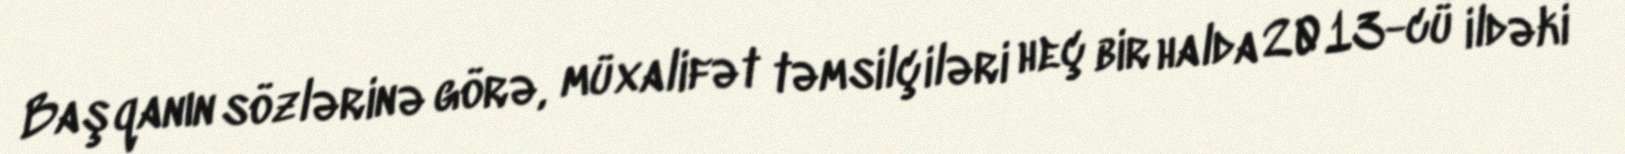
Başqanın sözlərinə görə, müxalifət təmsilçiləri heç bir halda 2013-cü ildəki